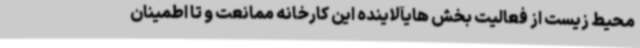
محیط زیست از فعالیت بخش هایآلاینده این کارخانه ممانعت و تا اطمینان